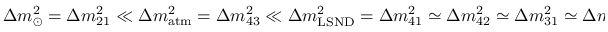
\Delta m _ { \odot } ^ { 2 } = \Delta m _ { 2 1 } ^ { 2 } \ll \Delta m _ { \mathrm { a t m } } ^ { 2 } = \Delta m _ { 4 3 } ^ { 2 } \ll \Delta m _ { \mathrm { L S N D } } ^ { 2 } = \Delta m _ { 4 1 } ^ { 2 } \simeq \Delta m _ { 4 2 } ^ { 2 } \simeq \Delta m _ { 3 1 } ^ { 2 } \simeq \Delta m _ { 3 2 } ^ { 2 }